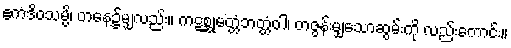
ဧကဒိဝသမ္ပိ၊ တနေ့၌မျှလည်း။ ကဋစ္ဆုမတ္တံဘတ္တံဝါ၊ တဇွန်းမျှသောဆွမ်းကို လည်းကောင်း။